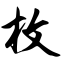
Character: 枚